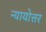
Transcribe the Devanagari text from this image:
न्यायोत्तर